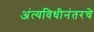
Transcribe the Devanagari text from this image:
अंत्यविधीनंतरचे